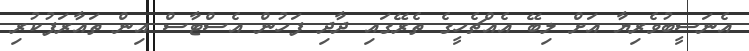
އެނަސީބުވެރިޔާ އަށް ލިބޭ އެއްޗެހީގެ ތެރޭގައި ދާދި ފަހުން އެސްޓާސް އިން ތައާރަފުކުރި